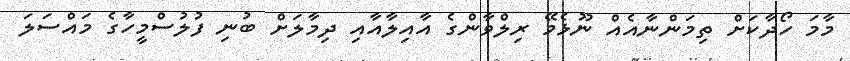
މާމަ ހޯދާކަށް ތިމަންނާއެއް ނޫޅެމޭ ރިލްވާންގެ އާއިލާއާއި ދިމާލަށް ބުނި ފުލުސްމީހާގެ މައްސަލަ